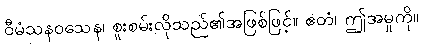
ဝီမံသနဝသေန၊ စူးစမ်းလိုသည်၏အဖြစ်ဖြင့်။ ဧတံ၊ ဤအမှုကို။